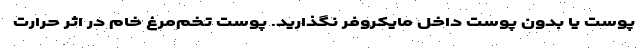
پوست یا بدون پوست داخل مایکروفر نگذارید. پوست تخم‌مرغ خام در اثر حرارت